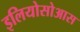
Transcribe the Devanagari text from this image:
इलियोसोआस